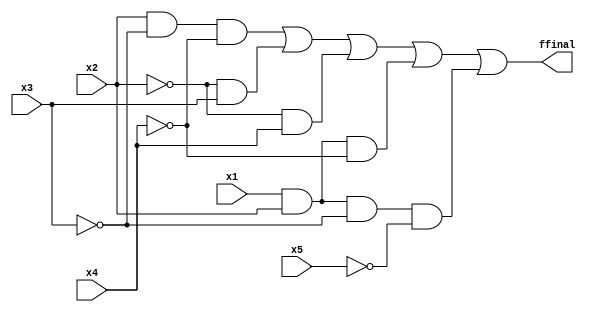
module Q4_1 (input x1,x2,x3,x4,x5,output ffinal);
    wire f1,f2,f3,f4,f5;
    assign f1 = (x2)&&(~x3)&&(~x4);
    assign f2 = (~x2)&&(x3);
    assign f3 = (~x2)&&(x4);
    assign f4 = (x1)&&(x2)&&(~x4);
    assign f5 = (x1)&&(x2)&&(~x3)&&(~x5);
    assign ffinal = (f1)  ||  (f2)  ||  (f3)  ||  (f4) || (f5);
endmodule

module Q4_2(input x1,x2,x3,x4,x5,output gfinal);
    wire g1,g2,g3,g4;
    assign g1 = (x2)||(x3)||(x4);
    assign g2 = (~x2)||(~x4)||(x5);
    assign g3 = (x1)||(~x2)||(~x3);
    assign g4 = (~x2)||(x3)||(~x4)||(~x5);
    assign gfinal = (g1)  &&  (g2)  &&  (g3)  &&  (g4);
endmodule